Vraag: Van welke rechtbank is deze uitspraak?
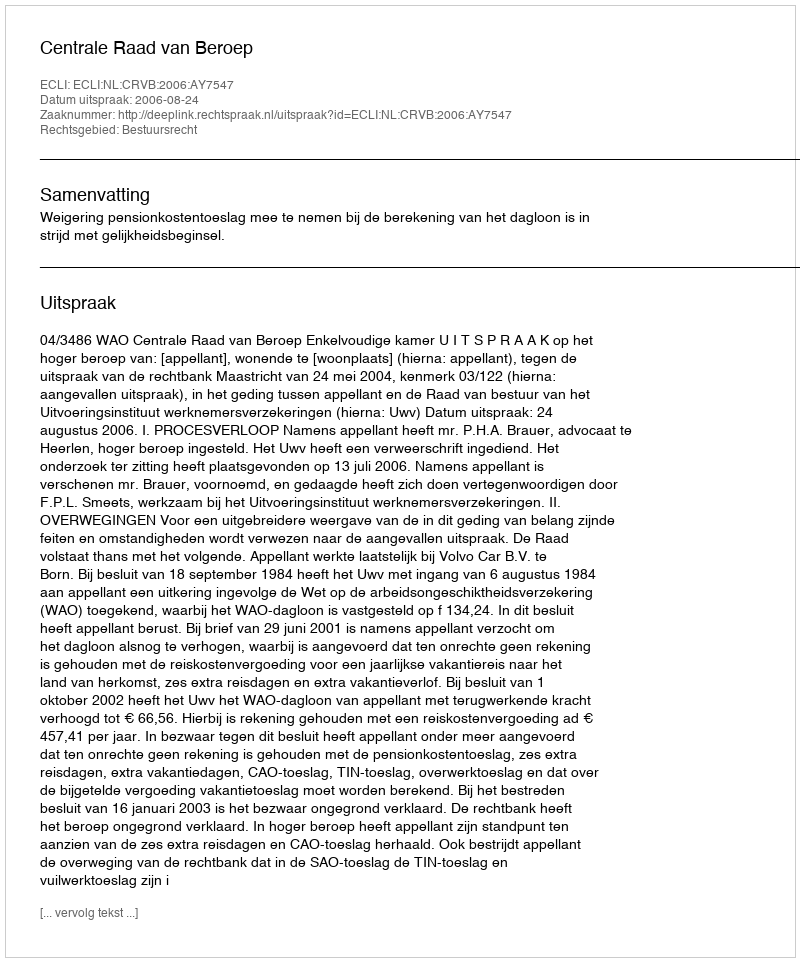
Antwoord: Centrale Raad van Beroep